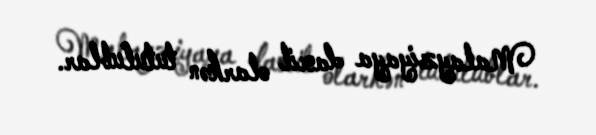
Malayziyaya daxil olarkən tutulublar.